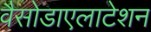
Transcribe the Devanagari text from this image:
वैसोडाएलाटेशन